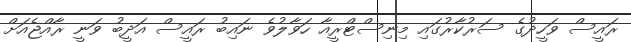
ރައީސް ވަހީދުގެ ސަރުކާރުގައި މިނިސްޓްރީއާ ހަވާލުވެ ނައިބު ރައީސް އަދީބު ވަނީ ރާއްޖެއަށް